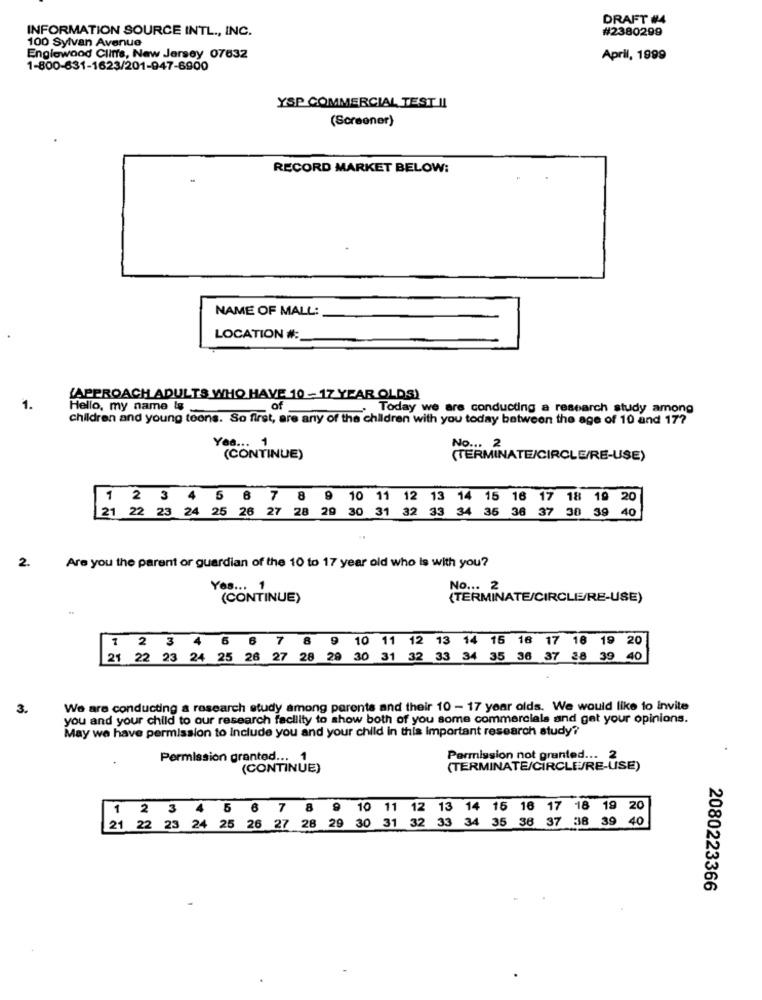
DRAFT #4
INFORMATION SOURCE INTL ., INC.
#2380299
100 Sylvan Avenue
Englewood Cliffs, New Jersey 07632
April, 1999
1-800-631-1623/201-947-6900
YSP COMMERCIAL TEST II
(Screener)
RECORD MARKET BELOW:
NAME OF MALL:
LOCATION #:
(APPROACH ADULTS WHO HAVE 10 - 17 YEAR OLDS)
1.
Hello, my name Is
of
. Today we are conducting a research study among
children and young toons. So first, are any of the children with you today between the age of 10 and 177
Yea ... 1
No ... 2
(CONTINUE)
(TERMINATE/CIRCLE/RE-USE)
1 2 3 4 5 6 7 8 9 10 11 12 13 14 15 16 17 18 19 20
21 22 23 24 25 26 27 28 29 30 31 32 33 34 35 36 37 38 39 40
2.
Are you the parent or guardian of the 10 to 17 year old who is with you?
Yes ... 1
No ... 2
(CONTINUE)
(TERMINATE/CIRCLE/RE-USE)
1 2 3 4 6 6 7 8 9 10 11 12 13 14 15 16 17 18 19 20
21 22 23 24 25 26 27 28 29 30 31 32 33 34 35 36 37 28 39 40
3.
We are conducting a research study among parents and their 10 - 17 year olds. We would like to invite
you and your child to our research facility to show both of you some commercials and get your opinions.
May we have permission to include you and your child in this important research study?
Permission granted ... 1
Permission not granted ... 2
(CONTINUE)
(TERMINATE/CIRCLERE-USE)
1 2 3 4 5 6 7 8 9 10 11 12 13 14 15 16 17 18 19 20
21 22 23 24 25 26 27 28 29 30 31 32 33 34 35 36 37 38 39 40
2080223366